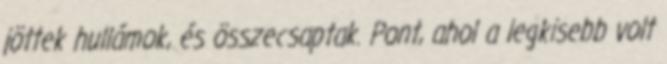
jöttek hullámok, és összecsaptak. Pont, ahol a legkisebb volt